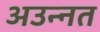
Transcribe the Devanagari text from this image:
अउन्नत